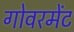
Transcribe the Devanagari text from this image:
गोवरमेंट